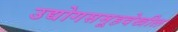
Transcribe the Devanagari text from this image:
उद्योगसमूहदेखील